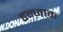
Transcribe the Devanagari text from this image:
डन्जाक